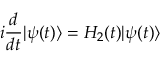
i \frac { d } { d t } | { \cal \psi } ( t ) \rangle = { \cal H } _ { 2 } ( t ) | { \cal \psi } ( t ) \rangle